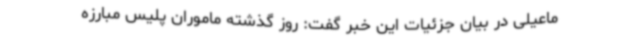
ماعیلی در بیان جزئیات این خبر گفت: روز گذشته ماموران پلیس مبارزه